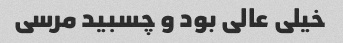
خیلی عالی بود و چسبید مرسی